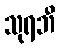
သုရဘီ